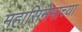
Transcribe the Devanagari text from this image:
महासिनेमाच्या